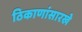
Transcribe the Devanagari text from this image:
ठिकाणांसारखे